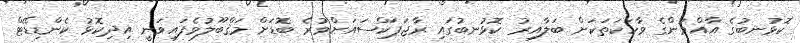
ކޮޅުނބުގެ އާއްމުންގެ ވާހަކަތަކަށް ބަލާއިރު ކޮޅުނބުގައި ރާޖަޕަކްސައަށްވުރެ ބޮޑަށް މަޤްބޫލުވެފައިވަނީ އިދިކޮޅު ކެންޑިޑޭޓް